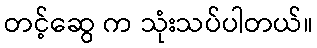
တင့်ဆွေ က သုံးသပ်ပါတယ်။